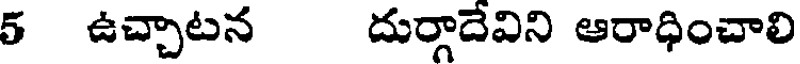
5 ఉచ్చాటన దుర్గాదేవిని ఆరాధించాలి